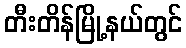
တီးတိန်မြို့နယ်တွင်